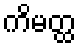
ကိမတ္ထ